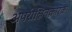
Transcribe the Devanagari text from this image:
अपरीक्षितकारक।